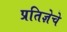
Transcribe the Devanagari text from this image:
प्रतिज्ञेचे